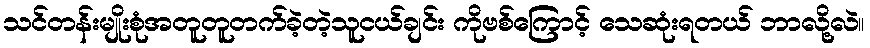
သင်တန်းမျိုးစုံအတူတူတက်ခဲ့တဲ့သူငယ်ချင်း ကိုဗစ်ကြောင့် သေဆုံးရတယ် ဘာလို့လဲ။